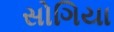
સોગિયા